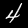
Label: 4